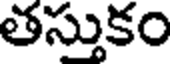
తస్తుకం